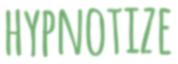
HYPNOTIZE